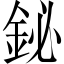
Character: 鉍